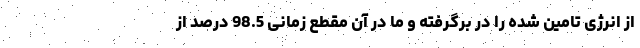
از انرژی تامین شده را در برگرفته و ما در آن مقطع زمانی 98.5 درصد از